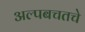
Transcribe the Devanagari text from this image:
अल्पबचतचे